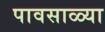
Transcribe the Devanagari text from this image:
पावसाळ्या